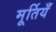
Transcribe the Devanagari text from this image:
मूर्तियँ